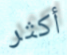
أكثر